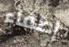
إطفاء